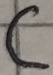
Text: C